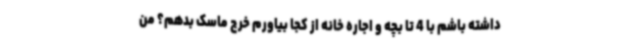
داشته باشم با 4 تا بچه و اجاره خانه از کجا بیاورم خرج ماسک بدهم؟ من